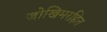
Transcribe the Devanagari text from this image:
जोखिमरहित